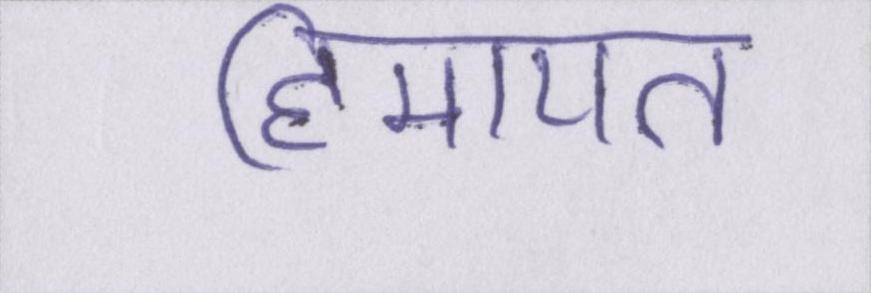
हिमायत